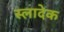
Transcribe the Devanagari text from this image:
स्लादेक